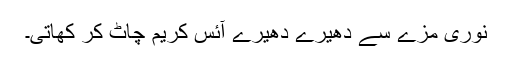
نوری مزے سے دھیرے دھیرے آئس کریم چاٹ کر کھاتی۔